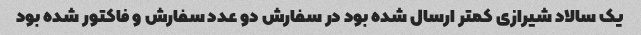
یک سالاد شیرازی کمتر ارسال شده بود در سفارش دو عدد سفارش و فاکتور شده بود